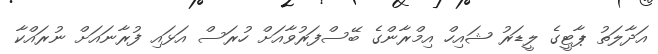
އަދާލަތު ޕާޓީގެ ލީޑަރު ޝައިހް އިމްރާންގެ ބޭސްފަރުވާއަށް ހުރަސް އަޅައި ފުރާނައަށް ނުރައްކާ